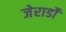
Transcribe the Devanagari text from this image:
जेरार्डो